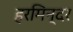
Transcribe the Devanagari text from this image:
हरमिन्दर